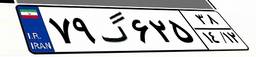
۷۹گ۶۲۵۳۸